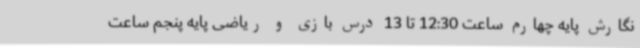
نگارش پایه چهارم ساعت 12:30 تا 13 درس بازی و ریاضی پایه پنجم ساعت